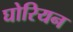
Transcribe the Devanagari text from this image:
घोरियन